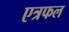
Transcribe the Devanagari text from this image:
एत्रफल